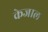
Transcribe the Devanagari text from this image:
केजाल